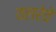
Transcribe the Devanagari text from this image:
वलरेवे